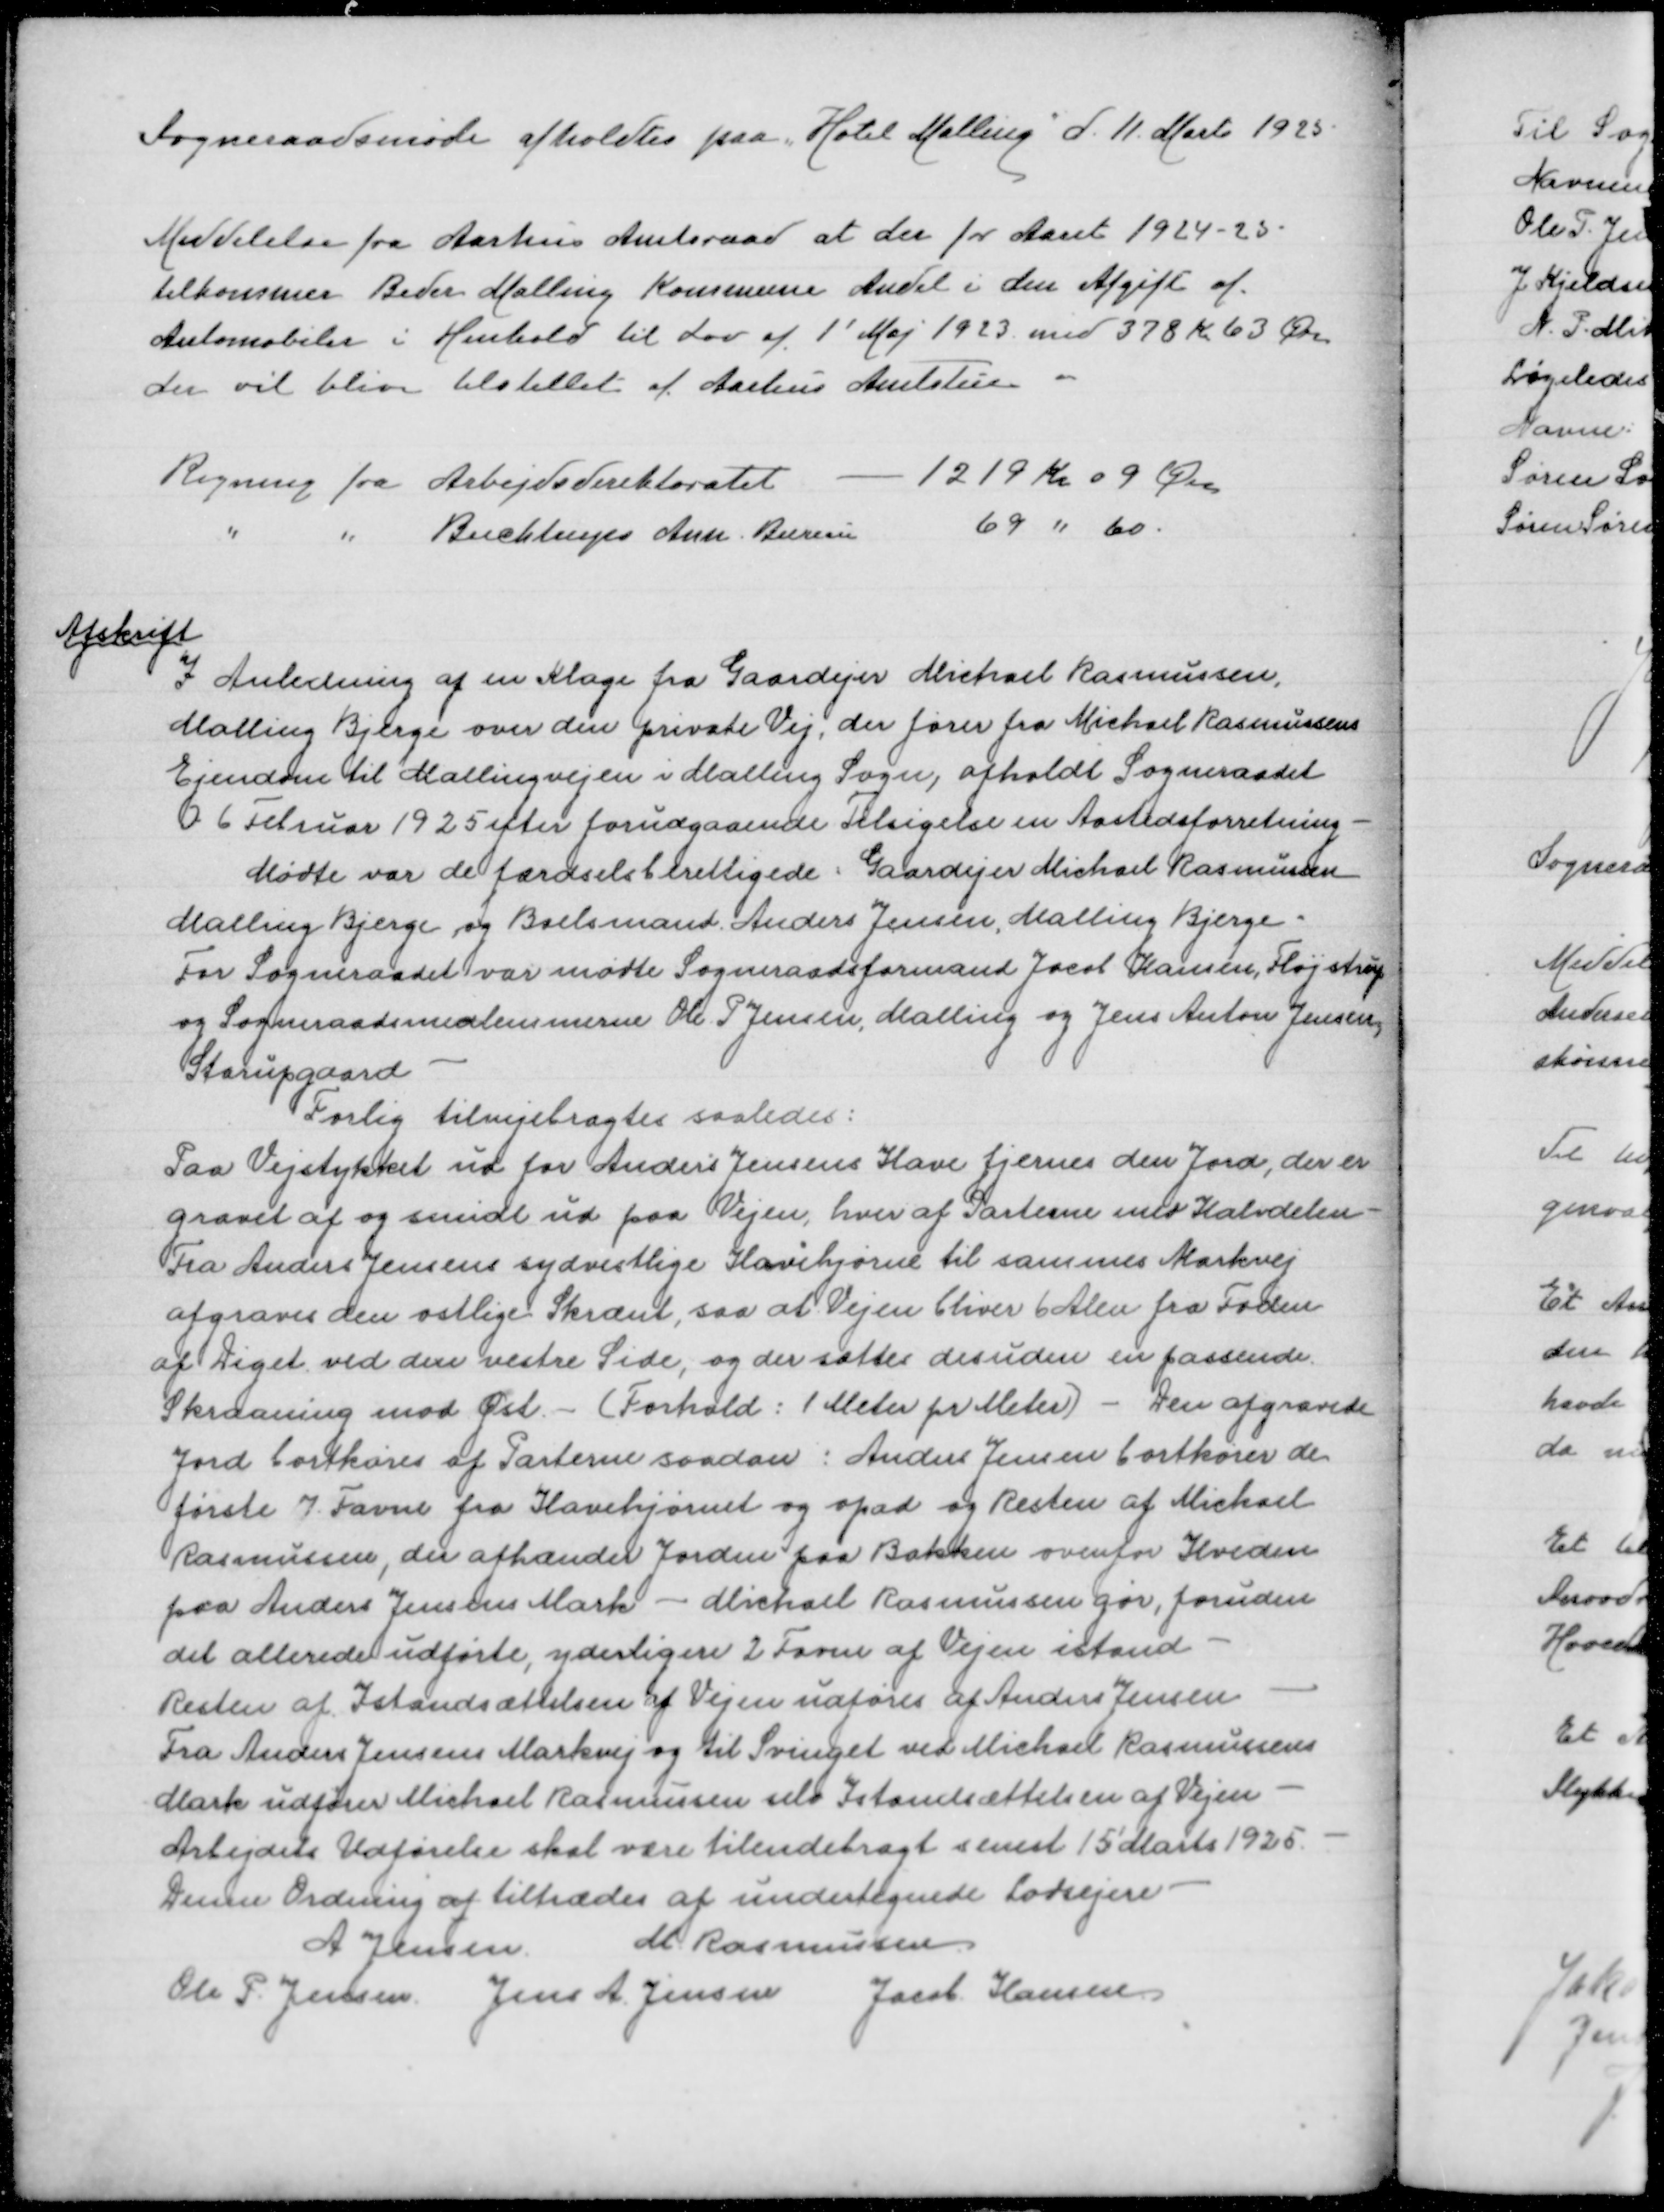
Transskription:
Sogneraadsmøde afholdtes paa Hotel Malling d 11 Marts 1925

Meddelelse fra aarhus Amtsraad at der for Aaret 1924-25
tilkommer Beder Malling Kommune Andel i den Afgift af
Automobiler i Henhold til Lov af 1' Maj 1923 med 378 Kr 63 Øre
der vil blive tilstillet af Aarhus Amtstue

Regning fra Arbejdsdirektoratet
1219 Kr 09 Øre
" " Buchtrups Ann Bureau
69 " 60

Afskrift
I Anledning af en Klage fra Gaardejer Michael Rasmussen
Malling Bjerge over den private Vej, der fører fra Michael Rasmussens
Ejendom til Mallingvejen i Malling Sogn, afholdt Sogneraadet
6 Februar 1925 efter forudgaaende Tilsigelse en Aastedsforretning
Mødte var de færdselsberettigede Gaardejer Michael Rasmussen
Malling Bjerge og Boelsmand Anders Jensen, Malling Bjerge
For Sogneraadet mødte Sogneraadsformand Jacob Hansen, Fløjstrup
og Sogneraadsmedlemmerne Ole P Jensen, Malling og Jens Anton Jensen,
Starupgaard
Forlig tilvejebragtes saaledes:
Paa Vejstykket ud for Anders Jensens Have fjernes den Jord, der er
gravet af og smidt ud på Vejen, hver af Parterne med halvdelen
Fra Anders Jensens sydvestlige Havehjørne til sammes Markvej
afgraves den østlige Skrænt, saa at vejen bliver 6 Alen fra Foden
af Diget ved den vestre Side, og der sættes desuden en passende
Skraaning mod Øst - (Forhold: 1 Meter for Meter) - Den opgravede
Jord bortkøres af Parterne saadan: Anders Jensen bortkører de
første 7 Favne fra Havehjørnet og opad og Resten af Michael
Rasmussen, der afhænder Jorden paa Bakken overfor Hveden
paa Anders Jensens Mark - Michael Rasmussen gør, foruden
det allerede udførte, yderligere 2 Favne af Vejen istand -
Resten af Istandsættelsen af Vejen udføres af Anders Jensen
Fra Anders Jensens Markvej og til Svinget ved Michael Rasmussens
Mark udfører Michael Rasmussen selv Istandsættelsen af Vejen
Arbejdets Udførelse skal være tilendebragt senest 15 Marts 1925
Denne Ordning tiltrædes af undertegnede Lodsejere
A Jensen
M Rasmussen
Ole P Jensen
Jens A Jensen
Jacob Hansen